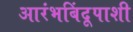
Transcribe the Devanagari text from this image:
आरंभबिंदूपाशी